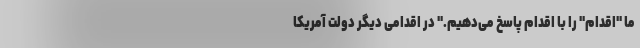
ما "اقدام" را با اقدام پاسخ می‌دهیم." در اقدامی دیگر دولت آمریکا